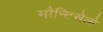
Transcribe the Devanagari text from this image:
मौन्टिसेलो